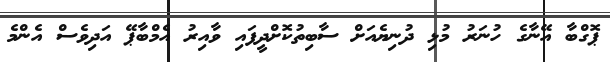
ޕޮގްބާ އޭނާގެ ހުނަރު މުޅި ދުނިޔެއަށް ސާބިތުކޮށްދީފައި ވާއިރު އެމްބާޕޭ އަދިވެސް އެންމެ